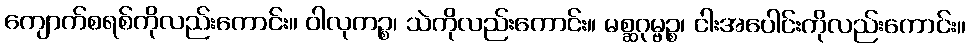
ကျောက်စရစ်ကိုလည်းကောင်း။ ဝါလုကဉ္စ၊ သဲကိုလည်းကောင်း။ မစ္ဆဂုမ္ဗဉ္စ၊ ငါးအပေါင်းကိုလည်းကောင်း။